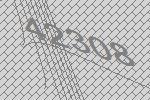
42308